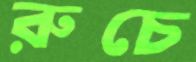
রুচে